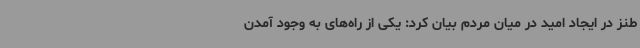
طنز در ایجاد امید در میان مردم بیان کرد: یکی از راه‌های به وجود آمدن